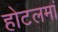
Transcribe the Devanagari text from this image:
होटलमां